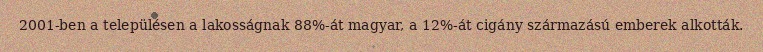
2001-ben a településen a lakosságnak 88%-át magyar, a 12%-át cigány származású emberek alkották.